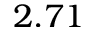
2 . 7 1